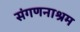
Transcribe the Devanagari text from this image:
संगणनाश्रम